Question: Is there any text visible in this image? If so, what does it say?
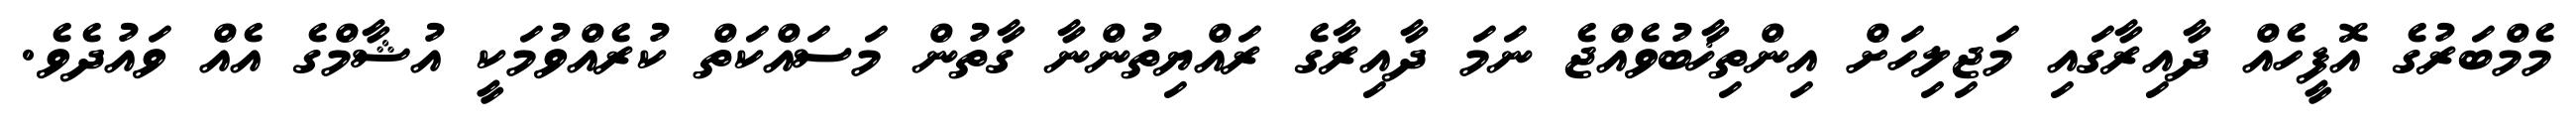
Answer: މެމްބަރުގެ އޮފީހެއް ދާއިރާގައި މަޖިލިހަށް އިންތިޚާބުވެއްޖެ ނަމަ ދާއިރާގެ ރައްޔިތުންނާ ގާތުން މަސައްކަތް ކުރެއްވުމަކީ އުޝާމްގެ އެއް ވައުދެވެ.